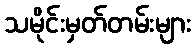
သမိုင်းမှတ်တမ်းများ